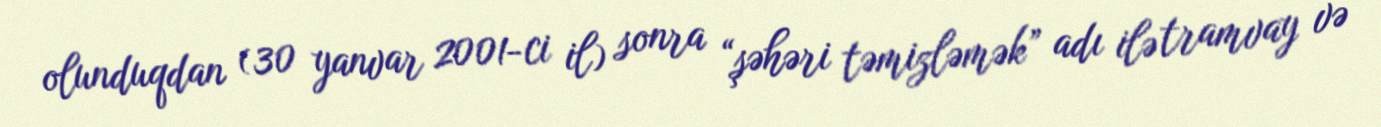
olunduqdan (30 yanvar 2001-ci il) sonra “şəhəri təmizləmək” adı ilə tramvay və